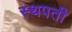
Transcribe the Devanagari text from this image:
स्थपती